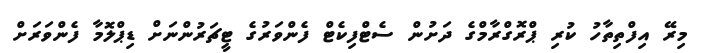
މިރޭ އިފްތިތާހު ކުރި ޕްރޮގްރާމްގެ ދަށުން ސެޓްފިކެޓް ފެންވަރުގެ ޓީޗަރުންނަށް ޑިޕްލޮމާ ފެންވަރަށް